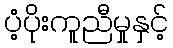
ပံ့ပိုးကူညီမှုနှင့်